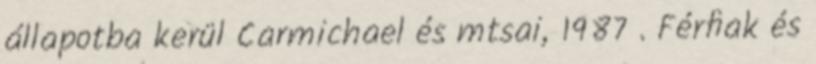
állapotba kerül Carmichael és mtsai, 1987 . Férﬁak és